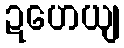
ဍဟေယျ